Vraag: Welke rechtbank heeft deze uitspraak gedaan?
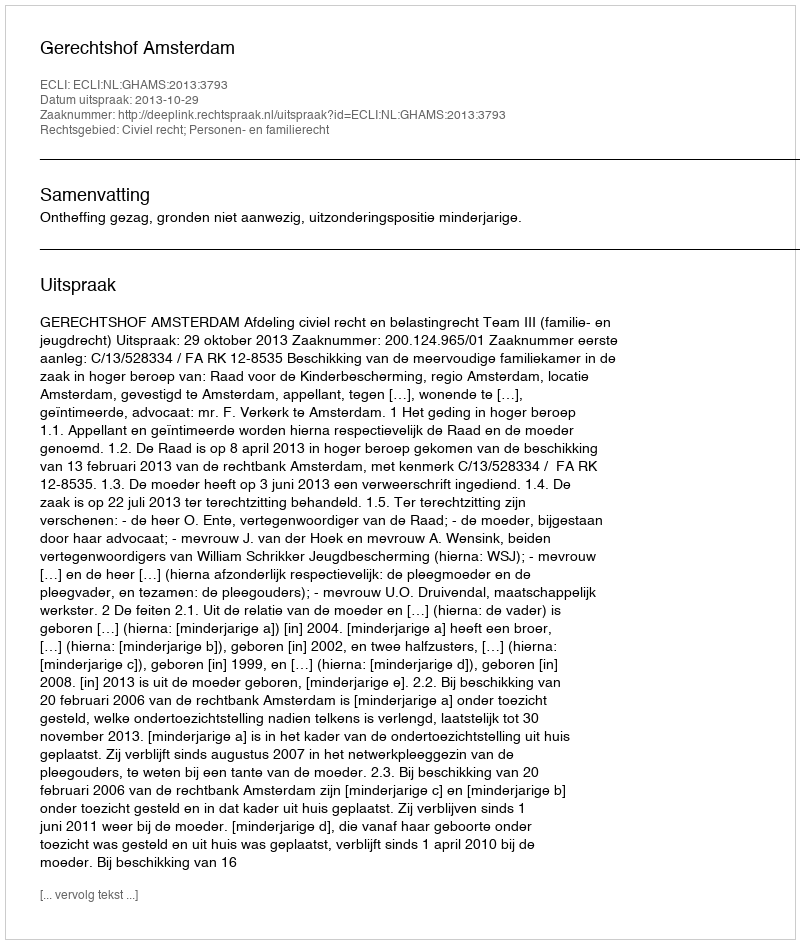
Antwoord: Gerechtshof Amsterdam